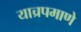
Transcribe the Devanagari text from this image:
याच्रपमाणे